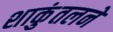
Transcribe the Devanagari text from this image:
शाकुंतलने